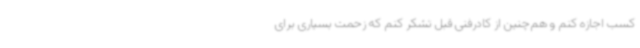
کسب اجازه کنم و هم‌چنین از کادرفنی قبل تشکر کنم که زحمت بسیاری برای